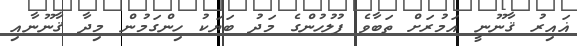
ޣައިރު ޤާނޫނީ އަމުރަށް ތަބާވެ ފުލުހުންގެ މަދު ބަޔަކު ހިންގަމުން މިދާ ޤާނޫނާއި